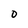
Character: 0